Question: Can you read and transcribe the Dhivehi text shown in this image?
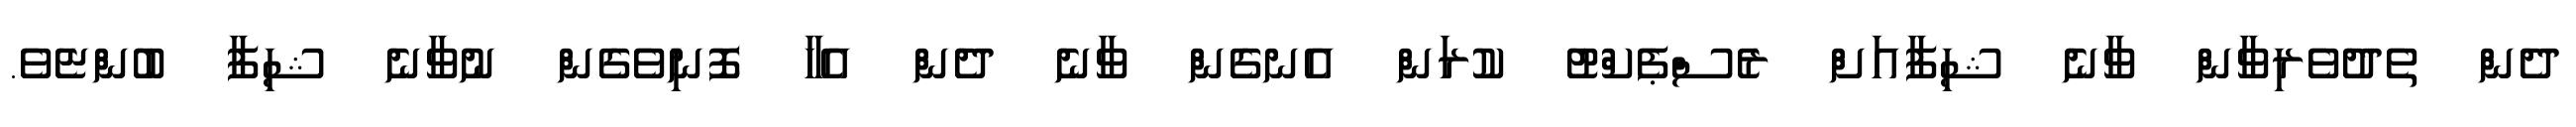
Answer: ދެން ތެދުވެރިވާން ވާނެ ޝިފާއަށް ރެސްޕެކްޓު ކުރަން އެނގެން ވާނެ ދެން އެހާ ފޮނިވެގެން ނުވާނެ ޝިފާ ބުންޏެވެ.